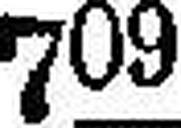
709